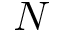
N